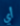
أي